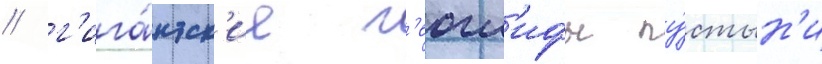
/ г'ига́нтск'ие г'еогл'ифы пу́стын'и